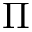
\Pi